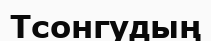
Тсонгудың